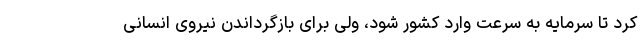
کرد تا سرمایه به سرعت وارد کشور شود، ولی برای بازگرداندن نیروی انسانی